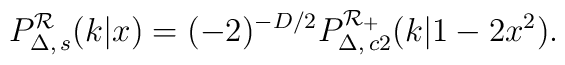
P_{\Delta,\, s}^{\cal R}(k|x)=(-2)^{-D/2}   P_{\Delta,\, c2}^{\cal R_+}(k|1-2x^2).